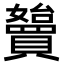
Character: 𡤓